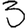
Digit: 3